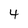
Character: 4